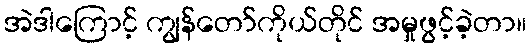
အဲဒါကြောင့် ကျွန်တော်ကိုယ်တိုင် အမှုဖွင့်ခဲ့တာ။